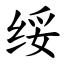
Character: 绥